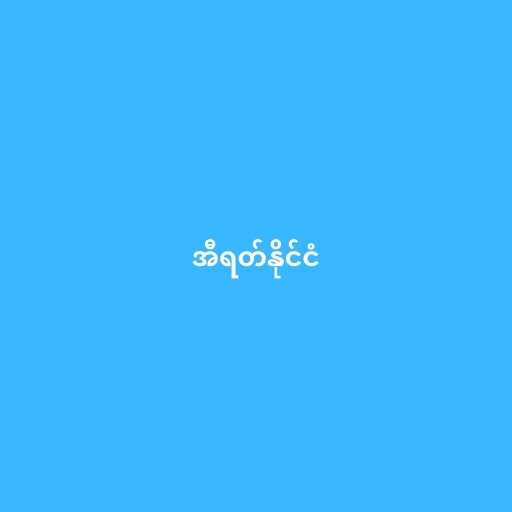
အီရတ်နိုင်ငံ